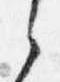
之